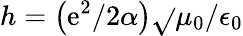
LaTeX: h=\left(\mathrm{e}^{2}/2\alpha\right)\sqrt{}{{\mu_{0}/\epsilon_{0}}}